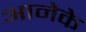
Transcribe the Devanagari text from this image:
आनेके